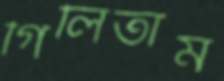
গিলিতাম